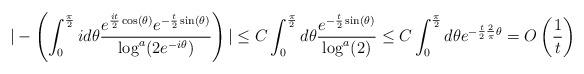
LaTeX: \begin{align*} |-\left(\int_{0}^{\frac{\pi}{2}} i d\theta \frac{e^{\frac{i t}{2} \cos(\theta)} e^{-\frac{t}{2} \sin(\theta)}}{\log^{a}(2 e^{-i \theta})}\right)| \leq C \int_{0}^{\frac{\pi}{2}}d\theta \frac{e^{-\frac{t}{2} \sin(\theta)}}{\log^{a}(2)} \leq C \int_{0}^{\frac{\pi}{2}}d\theta e^{-\frac{t}{2}\frac{2}{\pi}\theta} =O\left(\frac{1}{t}\right)\end{align*}